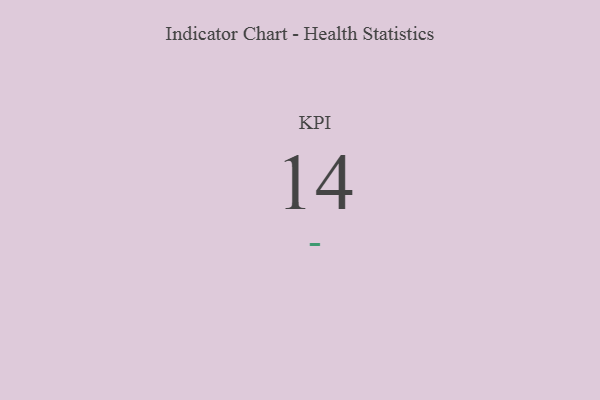
{"axis": {"x": "KPI", "y": "Value"}, "legend": [""], "data": [{"x": "KPI", "y": 14, "type": ""}]}